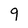
Character: 9